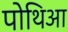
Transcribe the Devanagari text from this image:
पोथिआ